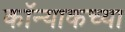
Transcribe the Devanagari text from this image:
कॉन्याकच्या